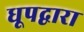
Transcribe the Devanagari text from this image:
धूपद्वारा